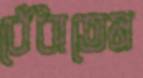
বেঁধাতেম